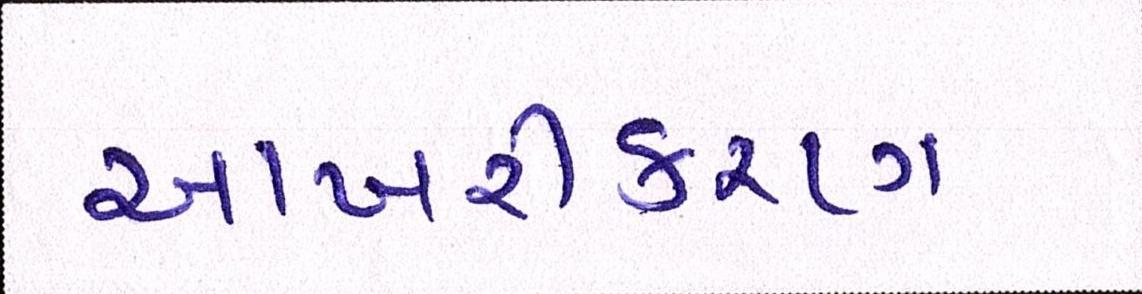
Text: આખરીકરણ